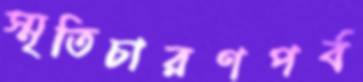
স্মৃতিচারণপর্ব